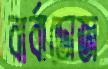
বার্বাডোজ